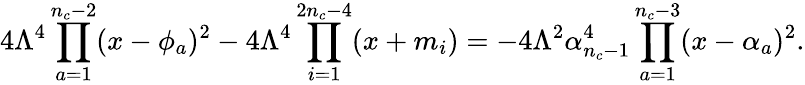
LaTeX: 4\Lambda^{4}\prod_{a=1}^{n_{c}-2}(x-\phi_{a})^{2}-4\Lambda^{4}\prod_{i=1}^{2n_{c}-4}(x+m_{i})=-4\Lambda^{2}\alpha_{n_{c}-1}^{4}\prod_{a=1}^{n_{c}-3}(x-\alpha_{a})^{2}.